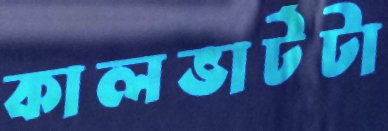
কালভার্টটা